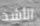
الأشد